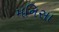
મનિસા